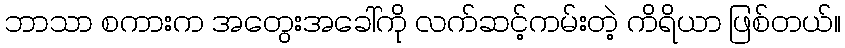
ဘာသာ စကားက အတွေးအခေါ်ကို လက်ဆင့်ကမ်းတဲ့ ကိရိယာ ဖြစ်တယ်။